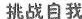
· 挑战自我 Ⅰ.单项选择 l.-______? -It's purple. What about yours? -It's pink. A. Do you like pink or purple B. What colour is your new dress C. Is your favourite colour purple D. What colour do you like best